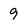
Character: 9